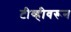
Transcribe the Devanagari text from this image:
टीव्हीवरून